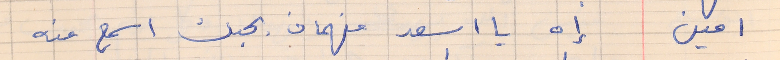
امين        إه يا اسعد فهمان بحبك اسمع منه